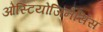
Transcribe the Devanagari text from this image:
ओस्टियोजिनेसिस